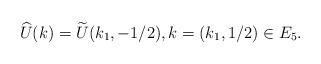
LaTeX: \begin{align*} \widehat{U}(k) = \widetilde{U}(k_1,-1/2), k = (k_1,1/2) \in E_5.\end{align*}